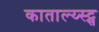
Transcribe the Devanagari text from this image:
काताल्य्स्ट्स